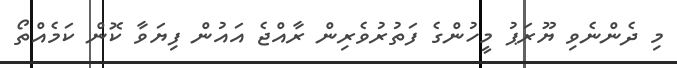
މި ދެންނެވި ޔޫރަޕު މީހުންގެ ފަތުރުވެރިން ރާއްޖެ އައުން ފިޔަވާ ކޮން ކަމެއްތޯ